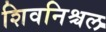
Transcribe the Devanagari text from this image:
शिवनिश्चल